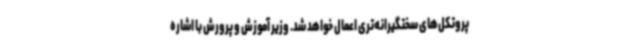
پروتکل‌های سختگیرانه‌تری اعمال خواهد شد. وزیر آموزش و پرورش با اشاره